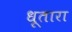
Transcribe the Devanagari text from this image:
धूतारा